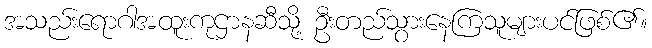
အသည်းရောဂါအထူးကုဌာနဆီသို့ ဦးတည်သွားနေကြသူများပင်ဖြစ်၏။